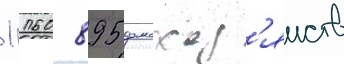
1 160 895 домохоз'яиств